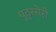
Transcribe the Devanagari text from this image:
पुठुस्सेरी